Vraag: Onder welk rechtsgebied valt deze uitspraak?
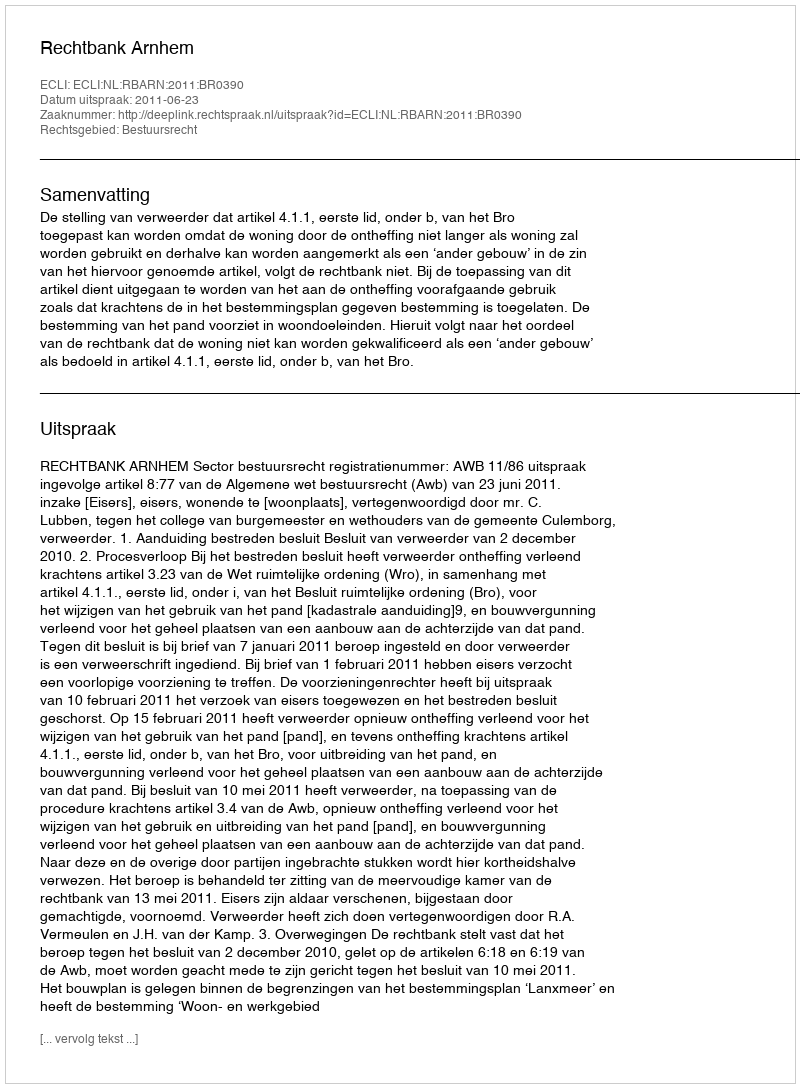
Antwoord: Bestuursrecht